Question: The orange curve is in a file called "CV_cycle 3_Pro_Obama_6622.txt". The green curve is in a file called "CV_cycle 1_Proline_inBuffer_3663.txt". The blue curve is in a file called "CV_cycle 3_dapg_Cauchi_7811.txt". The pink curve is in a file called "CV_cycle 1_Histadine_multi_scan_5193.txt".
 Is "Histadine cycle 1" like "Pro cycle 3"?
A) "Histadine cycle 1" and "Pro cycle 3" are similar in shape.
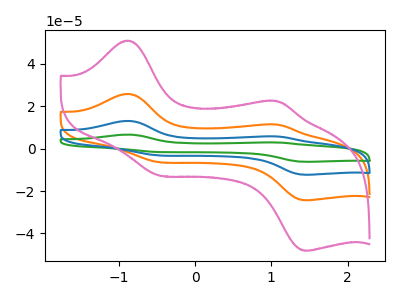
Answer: <think>The orange curve "Pro cycle 3" has anodic peaks at (-0.90V, 25.75uA) (1.10V, 11.30uA) and cathodic peaks at (-0.45V, -6.45uA) (1.50V, -24.35uA). The green curve "Proline cycle 1" has anodic peaks at (-0.90V, 77.20uA) (1.10V, 33.90uA) and cathodic peaks at (-0.45V, -19.30uA) (1.50V, -73.05uA). The blue curve "dapg cycle 3" has anodic peaks at (-0.90V, 51.50uA) (1.10V, 22.60uA) and cathodic peaks at (-0.45V, -12.85uA) (1.50V, -48.70uA). The pink curve "Histadine cycle 1" has anodic peaks at (-0.90V, 50.85uA) (1.10V, 22.30uA) and cathodic peaks at (-0.45V, -12.70uA) (1.50V, -48.10uA).
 All the peaks in "Histadine cycle 1" have a peak in "Pro cycle 3" at the same potential. Every peak in "Histadine cycle 1" is higher than every peak in "Pro cycle 3".</think>
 <answer>A) "Histadine cycle 1" and "Pro cycle 3" are similar in shape.</answer>
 <eval>A</eval>